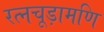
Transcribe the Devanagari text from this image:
रत्नचूड़ामणि